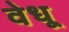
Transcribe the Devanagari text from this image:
वेधू